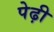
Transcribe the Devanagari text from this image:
पेढ़ी